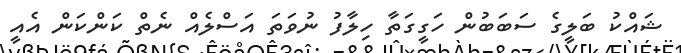
ޝައްކު ބަލީގެ ސަބަބުން ހަގީގަތާ ހިލާފު ނުވަތަ އަސްލެއް ނެތް ކަންކަން އެއީ